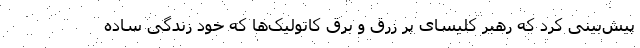
پیش‌بینی کرد که رهبر کلیسای پر زرق و برق کاتولیک‌ها که خود زندگی ساده